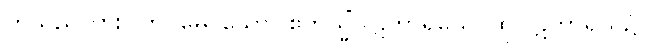
ဟူသည်ကား။ တိဝိဓေ၊ သော။ ဧတသ္မိံပါဋိဟာရိယေ၊ ထိုပါဋိဟာရိယ၌။